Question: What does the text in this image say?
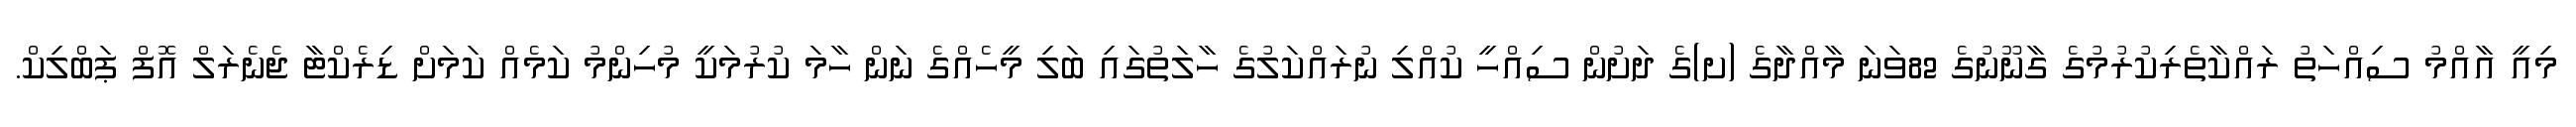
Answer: މިއީ އާއްމު ސިއްހަތު ރައްކާތެރިކުރުމުގެ ގާނޫނުގެ 82ވަނަ މާއްދާގެ (ށ)ގެ ދަށުން ސިއްހީ ކުއްލި ނުރައްކަލުގެ ހާލަތުގައި ބަލި މީހެއްގެ ނަން ހާމަ ކުރުމަކީ މުހިންމު ކަމެއް ކަމަށް ޑިރެކްޓާ ޖެނެރަލް އޮފް ޕަބްލިކް.